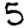
Digit: 5